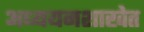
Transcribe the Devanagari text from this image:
अध्ययनशाखेत